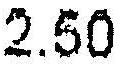
2.50